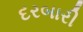
દરબારી